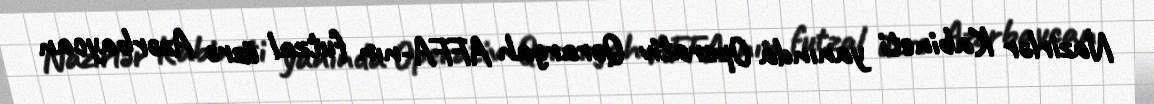
Nazirlər Kabineti yanında Operativ Qərargah AFFA-nın futzal üzrə Azərbaycan